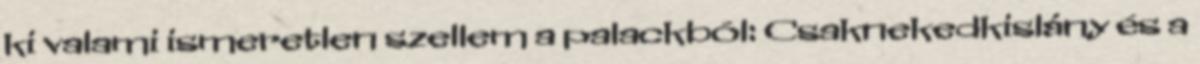
ki valami ismeretlen szellem a palackból: Csaknekedkislány és a